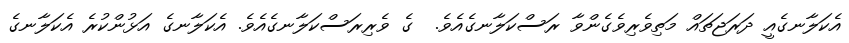
އެކަލާނގެއީ ދަރަޖަތައް މަތިވެރިވެގެންވާ ރަސްކަލާނގެއެވެ.  ގެ ވެރިރަސްކަލާނގެއެވެ. އެކަލާނގެ އަޅުންކުރެ އެކަލާނގެ